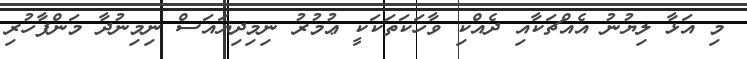
މި އަޅާ ލިޔުނު އެއްޗަކާއި ދެއްކި ވާހަކަތަކަކީ ޢުމުރު ނިމިދިޔައަސް ނިމިނުދާ މަންފާހުރި